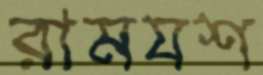
রামযশ